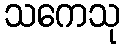
သကေသု